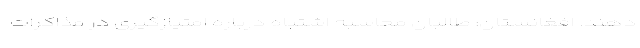
دهند. افغانستان: طالبان محاسبه اشتباه درباره امتیازگیری در مذاکرات